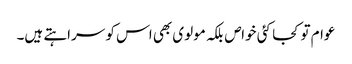
عوام تو کجا کئی خواص بلکہ مولوی بھی اس کو سراہتے ہیں۔